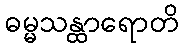
ဓမ္မသန္ထာရောတိ